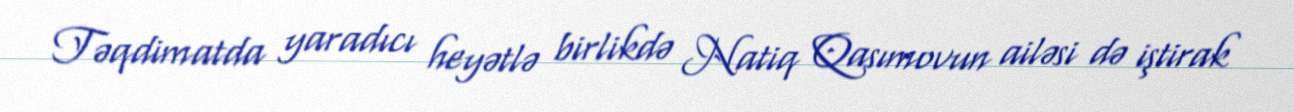
Təqdimatda yaradıcı heyətlə birlikdə Natiq Qasımovun ailəsi də iştirak